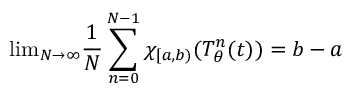
{ \mathrm { l i m } } _ { N \to \infty } { \frac { 1 } { N } } \sum _ { n = 0 } ^ { N - 1 } \chi _ { [ a , b ) } ( T _ { \theta } ^ { n } ( t ) ) = b - a